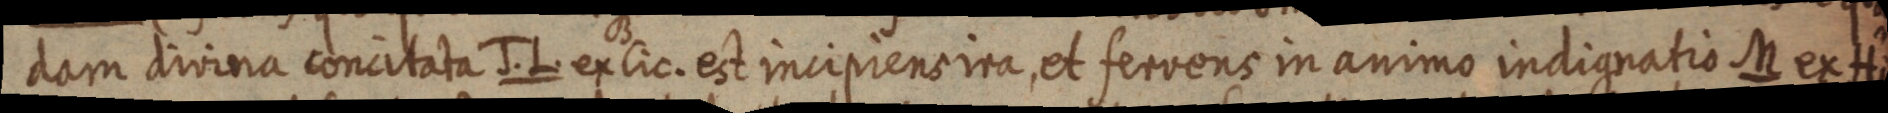
dam divina concitata J. L. ex lic. est incipiens ita, et fervens in animo indignatio M ex Hi